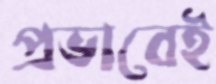
প্রভাবেই